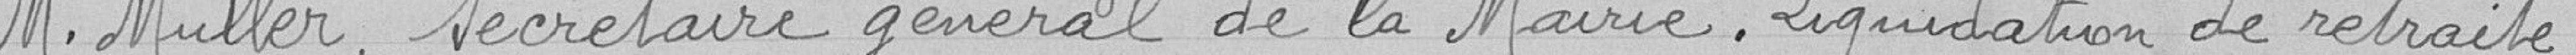
M .Muller, Secrétaire général de la Mairie. Liquidation de retraite.